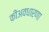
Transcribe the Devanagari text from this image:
कीअवधारणा